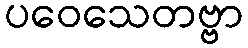
ပဝေသေတဗ္ဗာ